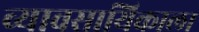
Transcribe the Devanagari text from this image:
व्यावसायिकाला